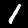
Digit: 1